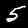
Digit: 5